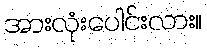
အားလုံးပေါင်းလား။